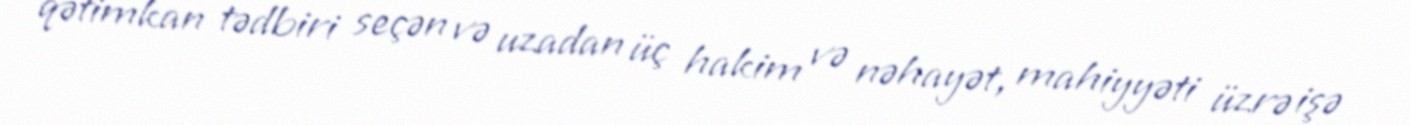
qətimkan tədbiri seçən və uzadan üç hakim və nəhayət, mahiyyəti üzrə işə